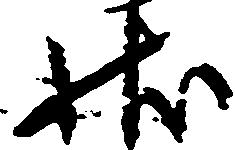
状